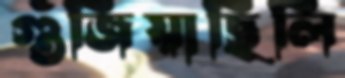
গুঁজিয়াছিলি